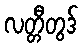
လတ္တီတွဒ်